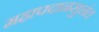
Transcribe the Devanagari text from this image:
महापदानसुत्तंत